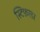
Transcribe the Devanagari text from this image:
स्टिफ़लर